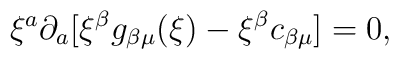
\xi^a\partial_a[\xi^\beta g_{\beta\mu}(\xi)  - \xi^\beta c_{\beta\mu}] = 0,